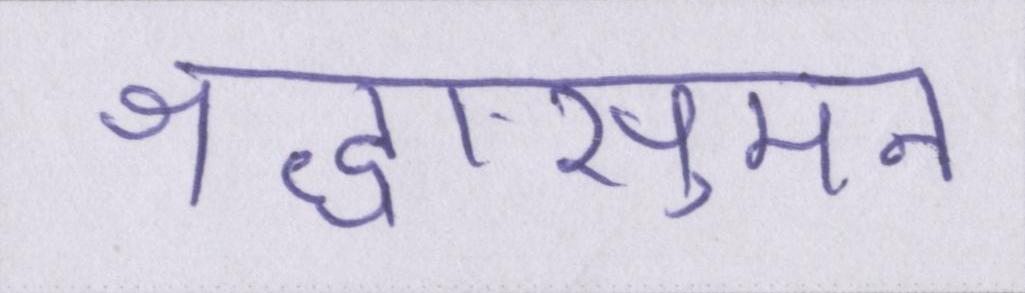
श्रद्धासुमन